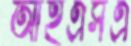
আইএসএ